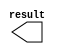
// megafunction wizard: %LPM_CONSTANT%VBB%
// GENERATION: STANDARD
// VERSION: WM1.0
// MODULE: LPM_CONSTANT 

// ============================================================
// Megafunction Name(s):
// 			LPM_CONSTANT
//
// Simulation Library Files(s):
// 			
// ============================================================
// ************************************************************
// THIS IS A WIZARD-GENERATED FILE. DO NOT EDIT THIS FILE!
//
// 13.0.1 Build 232 06/12/2013 SP 1 SJ Web Edition
// ************************************************************

//Copyright (C) 1991-2013 Altera Corporation
//Your use of Altera Corporation's design tools, logic functions 
//and other software and tools, and its AMPP partner logic 
//functions, and any output files from any of the foregoing 
//(including device programming or simulation files), and any 
//associated documentation or information are expressly subject 
//to the terms and conditions of the Altera Program License 
//Subscription Agreement, Altera MegaCore Function License 
//Agreement, or other applicable license agreement, including, 
//without limitation, that your use is for the sole purpose of 
//programming logic devices manufactured by Altera and sold by 
//Altera or its authorized distributors.  Please refer to the 
//applicable agreement for further details.

module one (
	result)/* synthesis synthesis_clearbox = 1 */;

	output	[31:0]  result;

endmodule

// ============================================================
// CNX file retrieval info
// ============================================================
// Retrieval info: PRIVATE: INTENDED_DEVICE_FAMILY STRING "Cyclone IV GX"
// Retrieval info: PRIVATE: JTAG_ENABLED NUMERIC "0"
// Retrieval info: PRIVATE: JTAG_ID STRING "NONE"
// Retrieval info: PRIVATE: Radix NUMERIC "16"
// Retrieval info: PRIVATE: SYNTH_WRAPPER_GEN_POSTFIX STRING "0"
// Retrieval info: PRIVATE: Value NUMERIC "4294967295"
// Retrieval info: PRIVATE: nBit NUMERIC "32"
// Retrieval info: PRIVATE: new_diagram STRING "1"
// Retrieval info: LIBRARY: lpm lpm.lpm_components.all
// Retrieval info: CONSTANT: LPM_CVALUE NUMERIC "4294967295"
// Retrieval info: CONSTANT: LPM_HINT STRING "ENABLE_RUNTIME_MOD=NO"
// Retrieval info: CONSTANT: LPM_TYPE STRING "LPM_CONSTANT"
// Retrieval info: CONSTANT: LPM_WIDTH NUMERIC "32"
// Retrieval info: USED_PORT: result 0 0 32 0 OUTPUT NODEFVAL "result[31..0]"
// Retrieval info: CONNECT: result 0 0 32 0 @result 0 0 32 0
// Retrieval info: GEN_FILE: TYPE_NORMAL one.v TRUE
// Retrieval info: GEN_FILE: TYPE_NORMAL one.inc FALSE
// Retrieval info: GEN_FILE: TYPE_NORMAL one.cmp FALSE
// Retrieval info: GEN_FILE: TYPE_NORMAL one.bsf TRUE
// Retrieval info: GEN_FILE: TYPE_NORMAL one_inst.v FALSE
// Retrieval info: GEN_FILE: TYPE_NORMAL one_bb.v TRUE